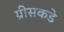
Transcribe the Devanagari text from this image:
ग्रीसकडे